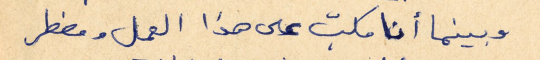
وبينما أنا مكبّ على هذا العمل ومضطر